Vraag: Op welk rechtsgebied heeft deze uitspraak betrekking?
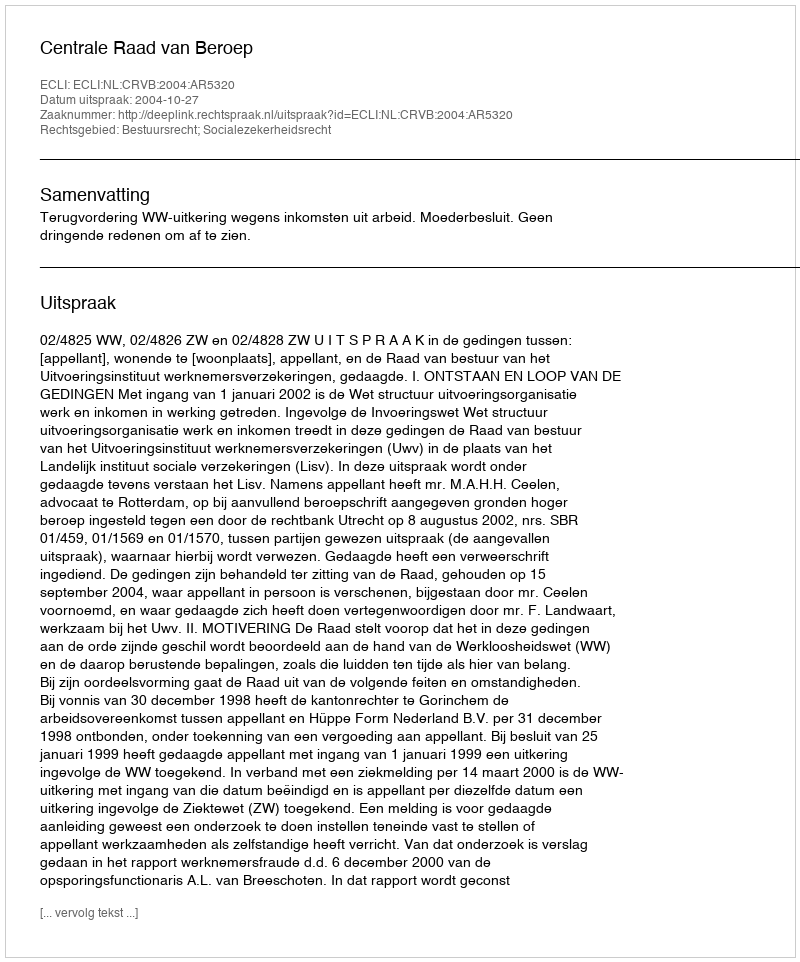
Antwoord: Bestuursrecht; Socialezekerheidsrecht